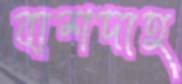
বাশদাহ